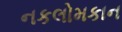
નકલોમકાન